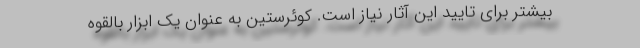
بیشتر برای تایید این آثار نیاز است. کوئرستین به عنوان یک ابزار بالقوه